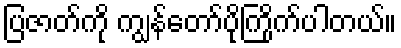
ပြဇာတ်ကို ကျွန်တော်ပိုကြိုက်ပါတယ်။